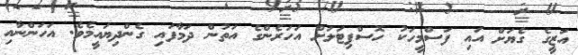
އަޒީގެ ގެޔަށް އައި ފަސްމީހަކު ހޮސްޕިޓަލަށް އަހަރެންގެ އަތުން ދަމާފައި ގެންދިޔައީމެވެ. އަހަންނާއި